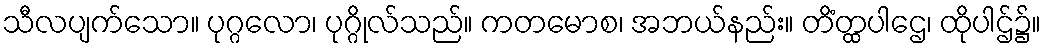
သီလပျက်သော။ ပုဂ္ဂလော၊ ပုဂ္ဂိုလ်သည်။ ကတမောစ၊ အဘယ်နည်း။ တိံတ္ထပါဌေ၊ ထိုပါဌ်၌။